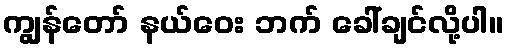
ကျွန်တော် နယ်ဝေး ဘက် ခေါ်ချင်လို့ပါ။